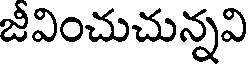
జీవించుచున్నవి